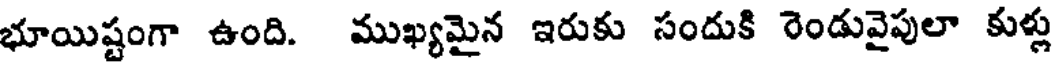
భూయిష్టంగా ఉంది. ముఖ్యమైన ఇరుకు సందుకి రెండువైపులా కుళ్లు